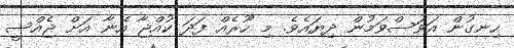
ހިނގުން އަވަސްވަމުން ދިޔައެވެ. މި ހޫރެއް ފަދަ ކުއްޖާ އޭނާ އަށް ޖެއްސީ